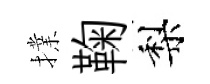
擈鞠梨